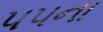
૫૫ના